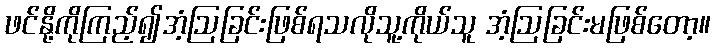
ဖင်နို့ကိုကြည့်၍အံ့ဩခြင်းဖြစ်ရသလိုသူ့ကိုယ်သူ အံ့ဩခြင်းမဖြစ်တော့။